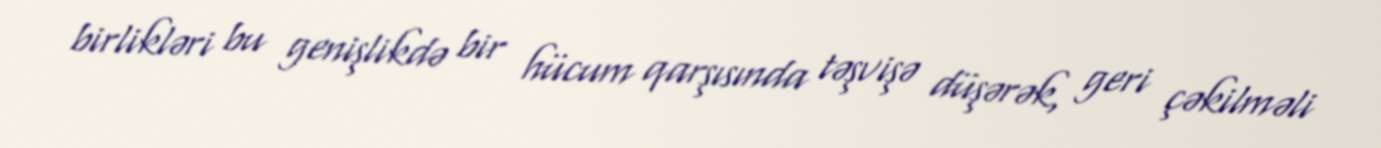
birlikləri bu genişlikdə bir hücum qarşısında təşvişə düşərək, geri çəkilməli